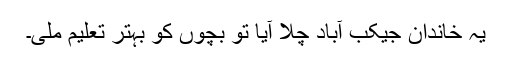
یہ خاندان جیکب آباد چلا آیا تو بچوں کو بہتر تعلیم ملی۔